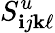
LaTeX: S_{\mathbf{i}j\mathbf{k}\ell}^{u}